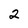
Character: 2